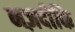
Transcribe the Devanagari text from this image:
नज़दीकि